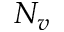
N _ { v }